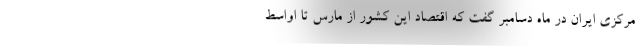
مرکزی ایران در ماه دسامبر گفت که اقتصاد این کشور از مارس تا اواسط